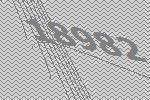
18982